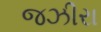
જઝીરા